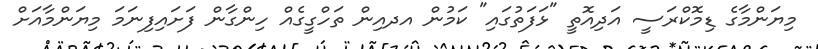
މިޔަންމާގެ ޑިމޮކްރަސީ އަދިއޮތީ "ޅަފަތުގައި" ކަމުން އދއިން ތަހްގީގެއް ހިންގާން ފަށައިފިނަމަ މިޔަންމާއަށް